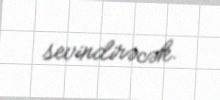
sevindirəcək.